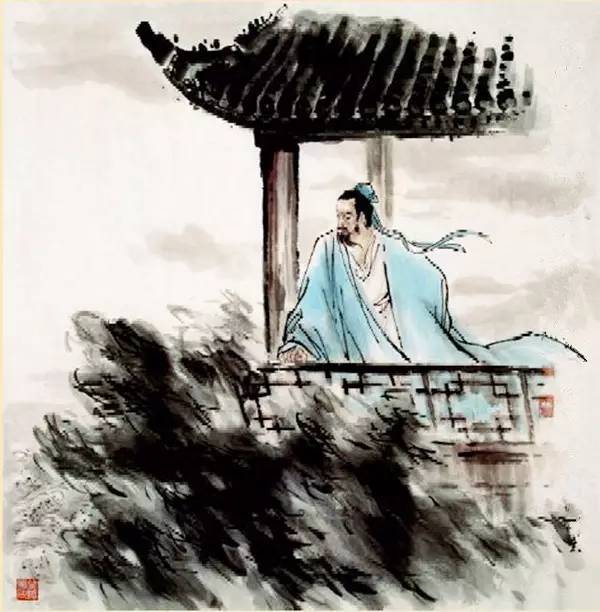
把吴钩看了，栏杆拍遍，无人会，登临意。